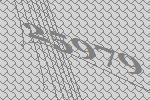
25979